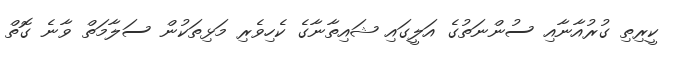
ކީރިތި ގުރުއާނާއި ސުންނަތުގެ އަލީގައި ޝައިތާނާގެ ކެހިވެރި މަޅިތަކުން ސަލާމަތް ވާނެ ގޮތް